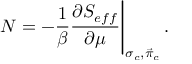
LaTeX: N = - { \frac { 1 } { \beta } } { \frac { \partial S _ { e f f } } { \partial \mu } } \Biggr \vert _ { \sigma _ { c } , \vec { \pi } _ { c } } \, .